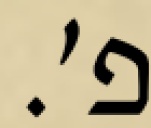
פ׳.